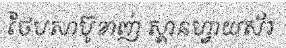
ថែបសាប៊ូខាញ់ ស្តានហ្វាយស័រ